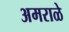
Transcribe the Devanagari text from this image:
अमराळे